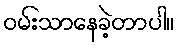
ဝမ်းသာနေခဲ့တာပါ။